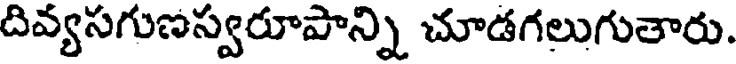
దివ్యసగుణస్వరూపాన్ని చూడగలుగుతారు.